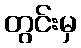
တွင်းမှ